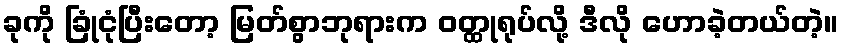
ခုကို ခြုံငုံပြီးတော့ မြတ်စွာဘုရားက ဝတ္ထုရုပ်လို့ ဒီလို ဟောခဲ့တယ်တဲ့။